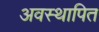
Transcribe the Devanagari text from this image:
अवस्थापित